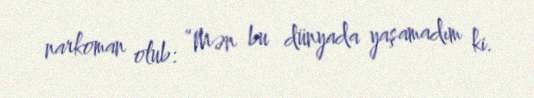
narkoman olub: “Mən bu dünyada yaşamadım ki.